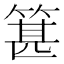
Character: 𥯓